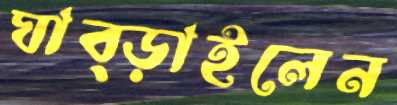
ঘাব্‌ড়াইলেন